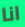
انا